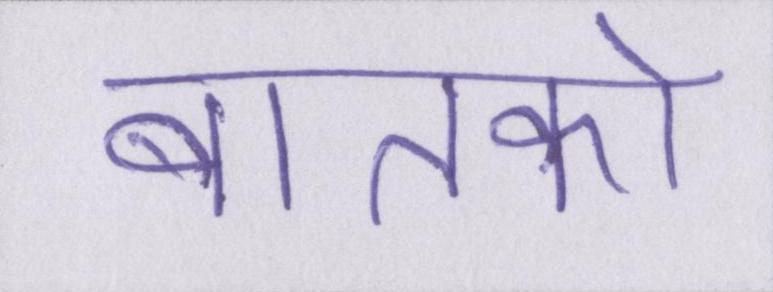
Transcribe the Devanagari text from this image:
बातको